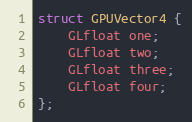
Language: C
struct GPUVector4 {
    GLfloat one;
    GLfloat two;
    GLfloat three;
    GLfloat four;
};